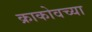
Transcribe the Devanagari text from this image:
क्राकोवच्या